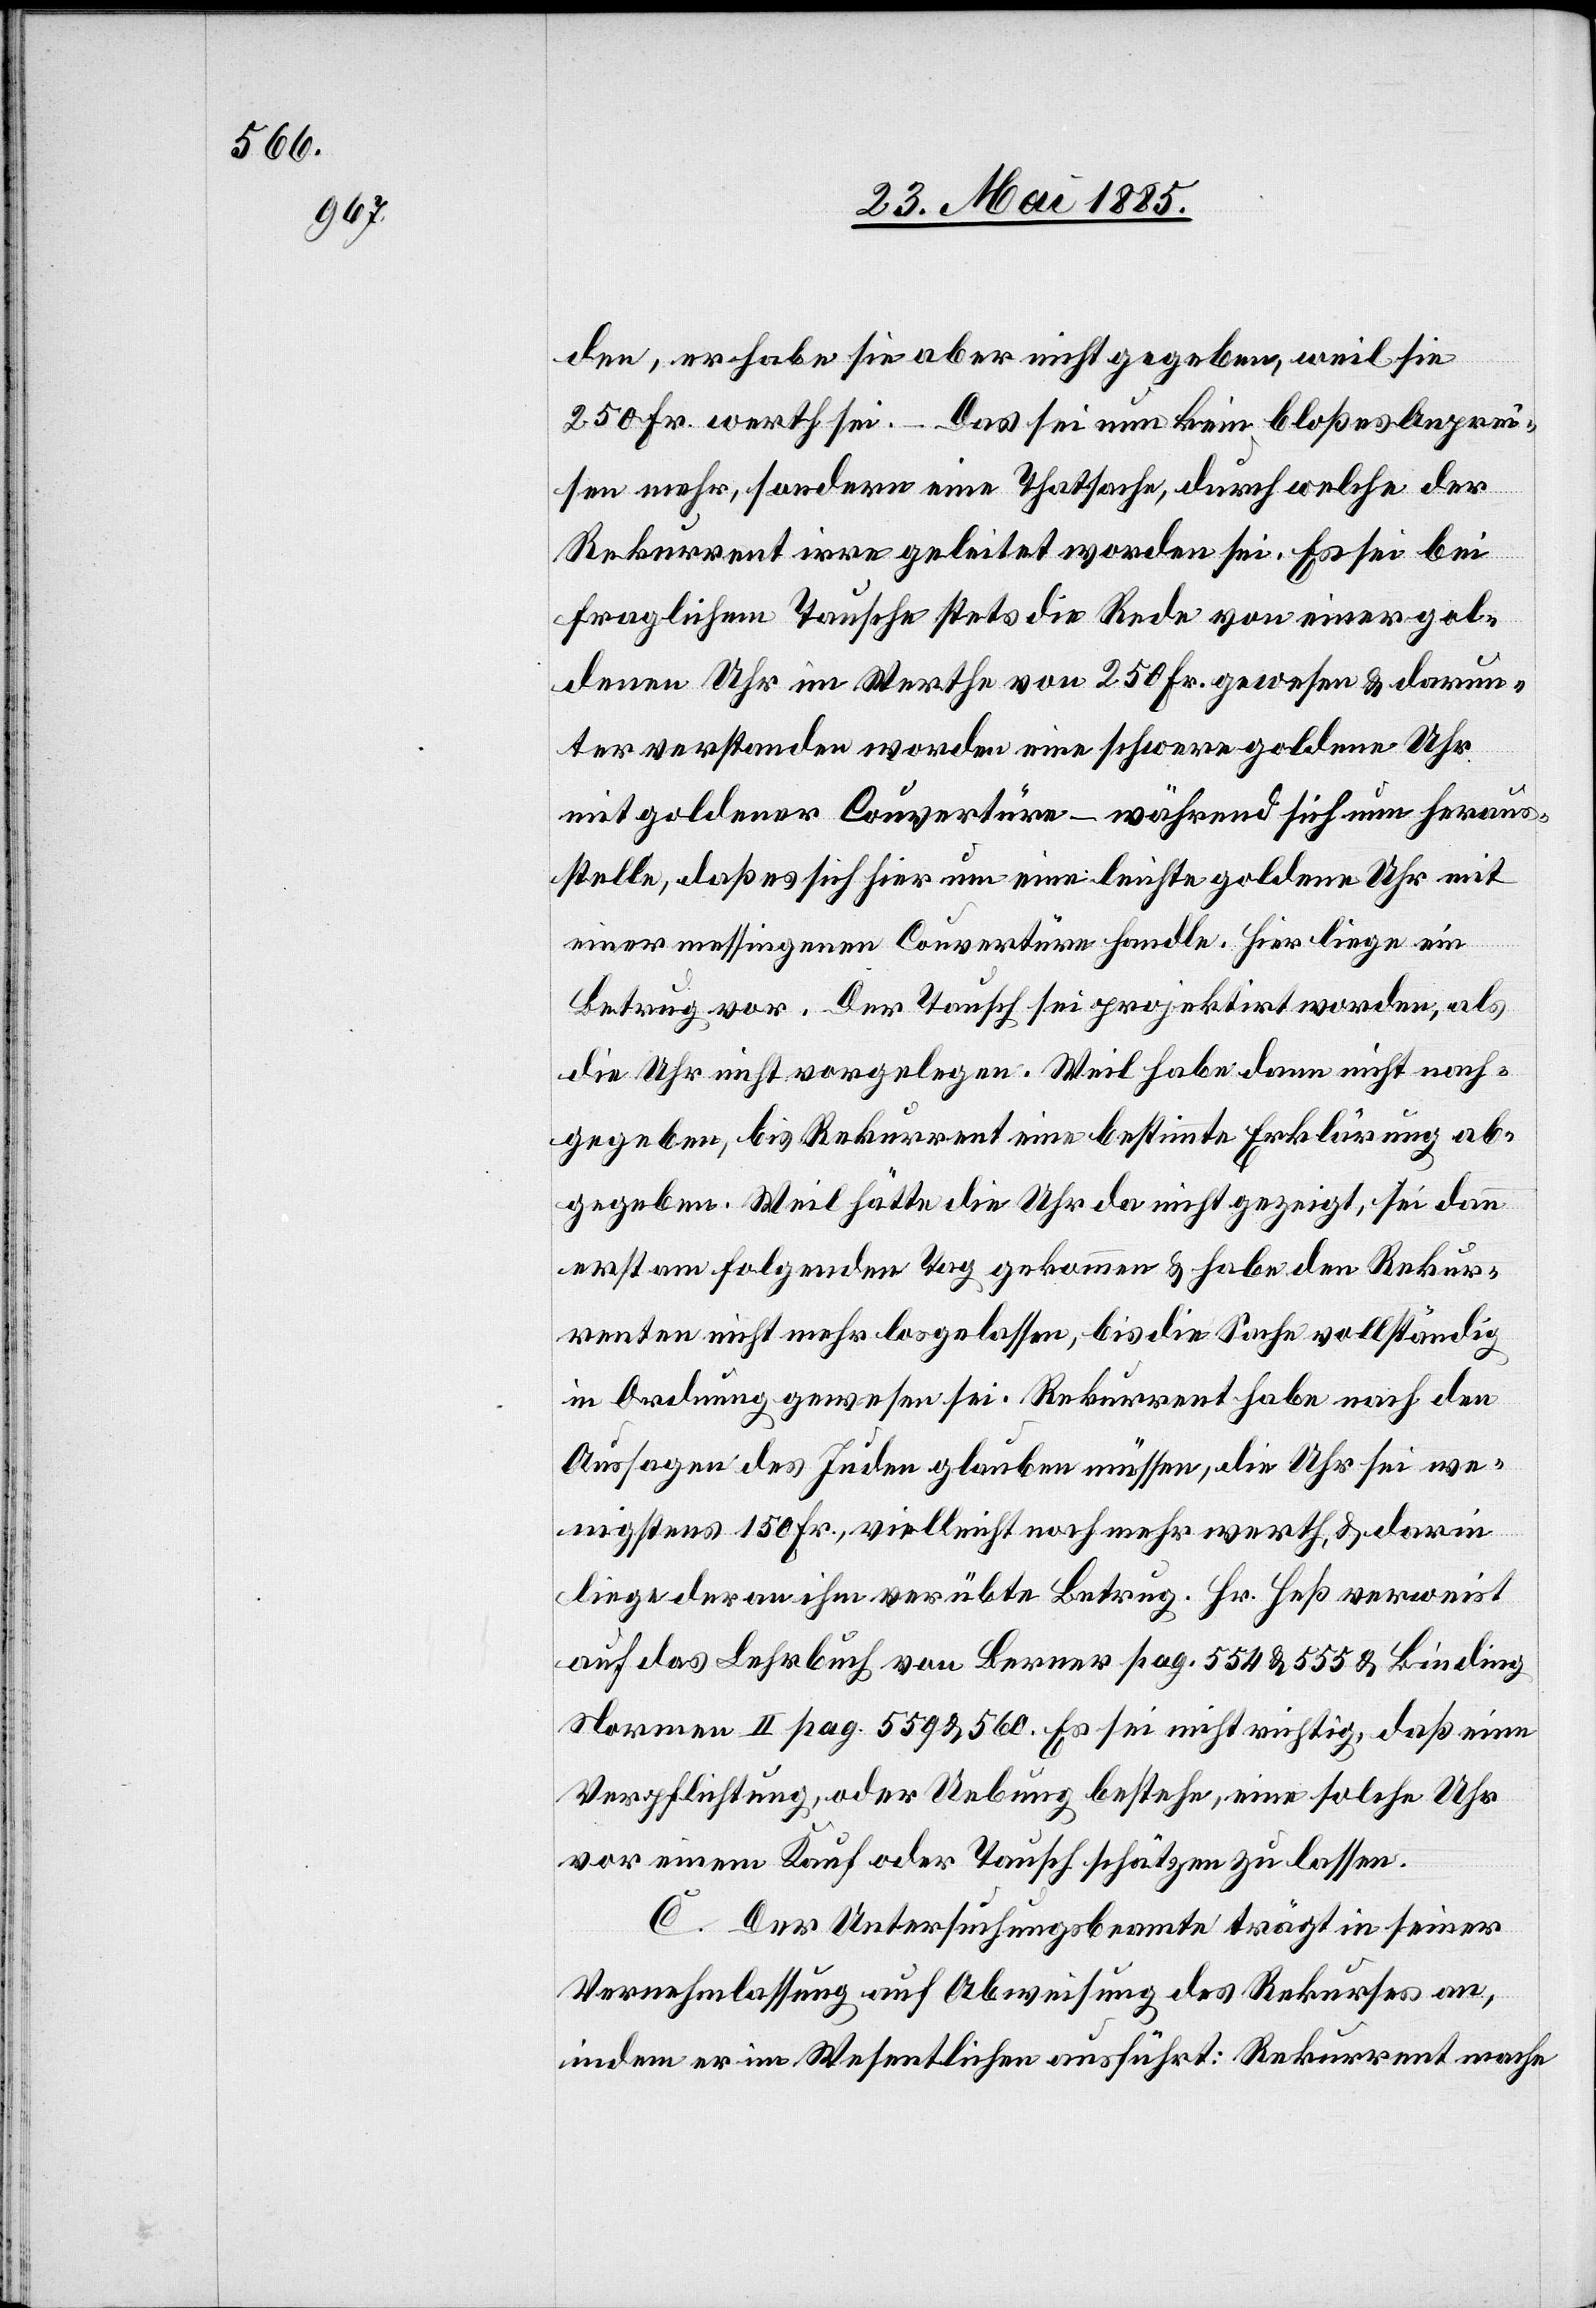
den, er habe sie aber nicht gegeben, weil sie
250 Fr. werth sei. – Das sei nun kein bloßes Angrei¬
fen mehr, sondern eine Thatsache, durch welche der
Rekurrent irre geleitet worden sei. Es sei bei
fraglichem Tausche stets die Rede von einer gol¬
denen Uhr im Werthe von 250 Fr. gewesen & darun¬
ter verstanden worden eine schwere goldene Uhr
mit goldener Couvertüre – während sich nun heraus¬
stelle, daß es sich hier um eine leichte goldene Uhr mit
einer messingenen Couvertüre handle. Hier liege ein
Betrug vor. Der Tausch sei projektirt worden, als
die Uhr nicht vorgelegen. Weil habe dann nicht nach¬
gegeben, bis Rekurrent eine bestimmte Erklärung ab¬
gegeben. Weil hätte die Uhr da nicht gezeigt, sei dann
erst am folgenden Tag gekommen & habe den Rekur¬
renten nicht mehr losgelassen, bis die Sache vollständig
in Ordnung gewesen sei. Rekurrent habe nach den
Aussagen des Juden glauben müssen, die Uhr sei we¬
nigstens 150 Fr., vielleicht noch mehr werth, & darin
liege der an ihm verübte Betrug. Hr. Heß verweist
auf das Lehrbuch von Berner pag. 554 & 555 & Linding
Normen II pag. 559& 560. Es sei nicht richtig, daß eine
Verpflichtung, oder Uebung bestehe, eine solche Uhr
vor einem Kauf oder Tausch schätzen zu lassen.
C. Der Untersuchungsbeamte trägt in seiner
Vernehmlassung auf Abweisung des Rekurses an,
indem er im Wesentlichen ausführt: Rekurrent mache